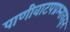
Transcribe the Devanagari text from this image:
पाणीवाटपप्रश्नावरून